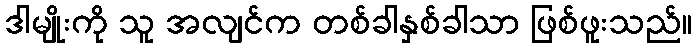
ဒါမျိုးကို သူ အလျင်က တစ်ခါနှစ်ခါသာ ဖြစ်ဖူးသည်။